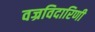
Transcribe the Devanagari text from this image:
वज्रविदारिणी